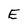
Character: E